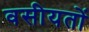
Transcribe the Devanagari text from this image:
वसीयतों